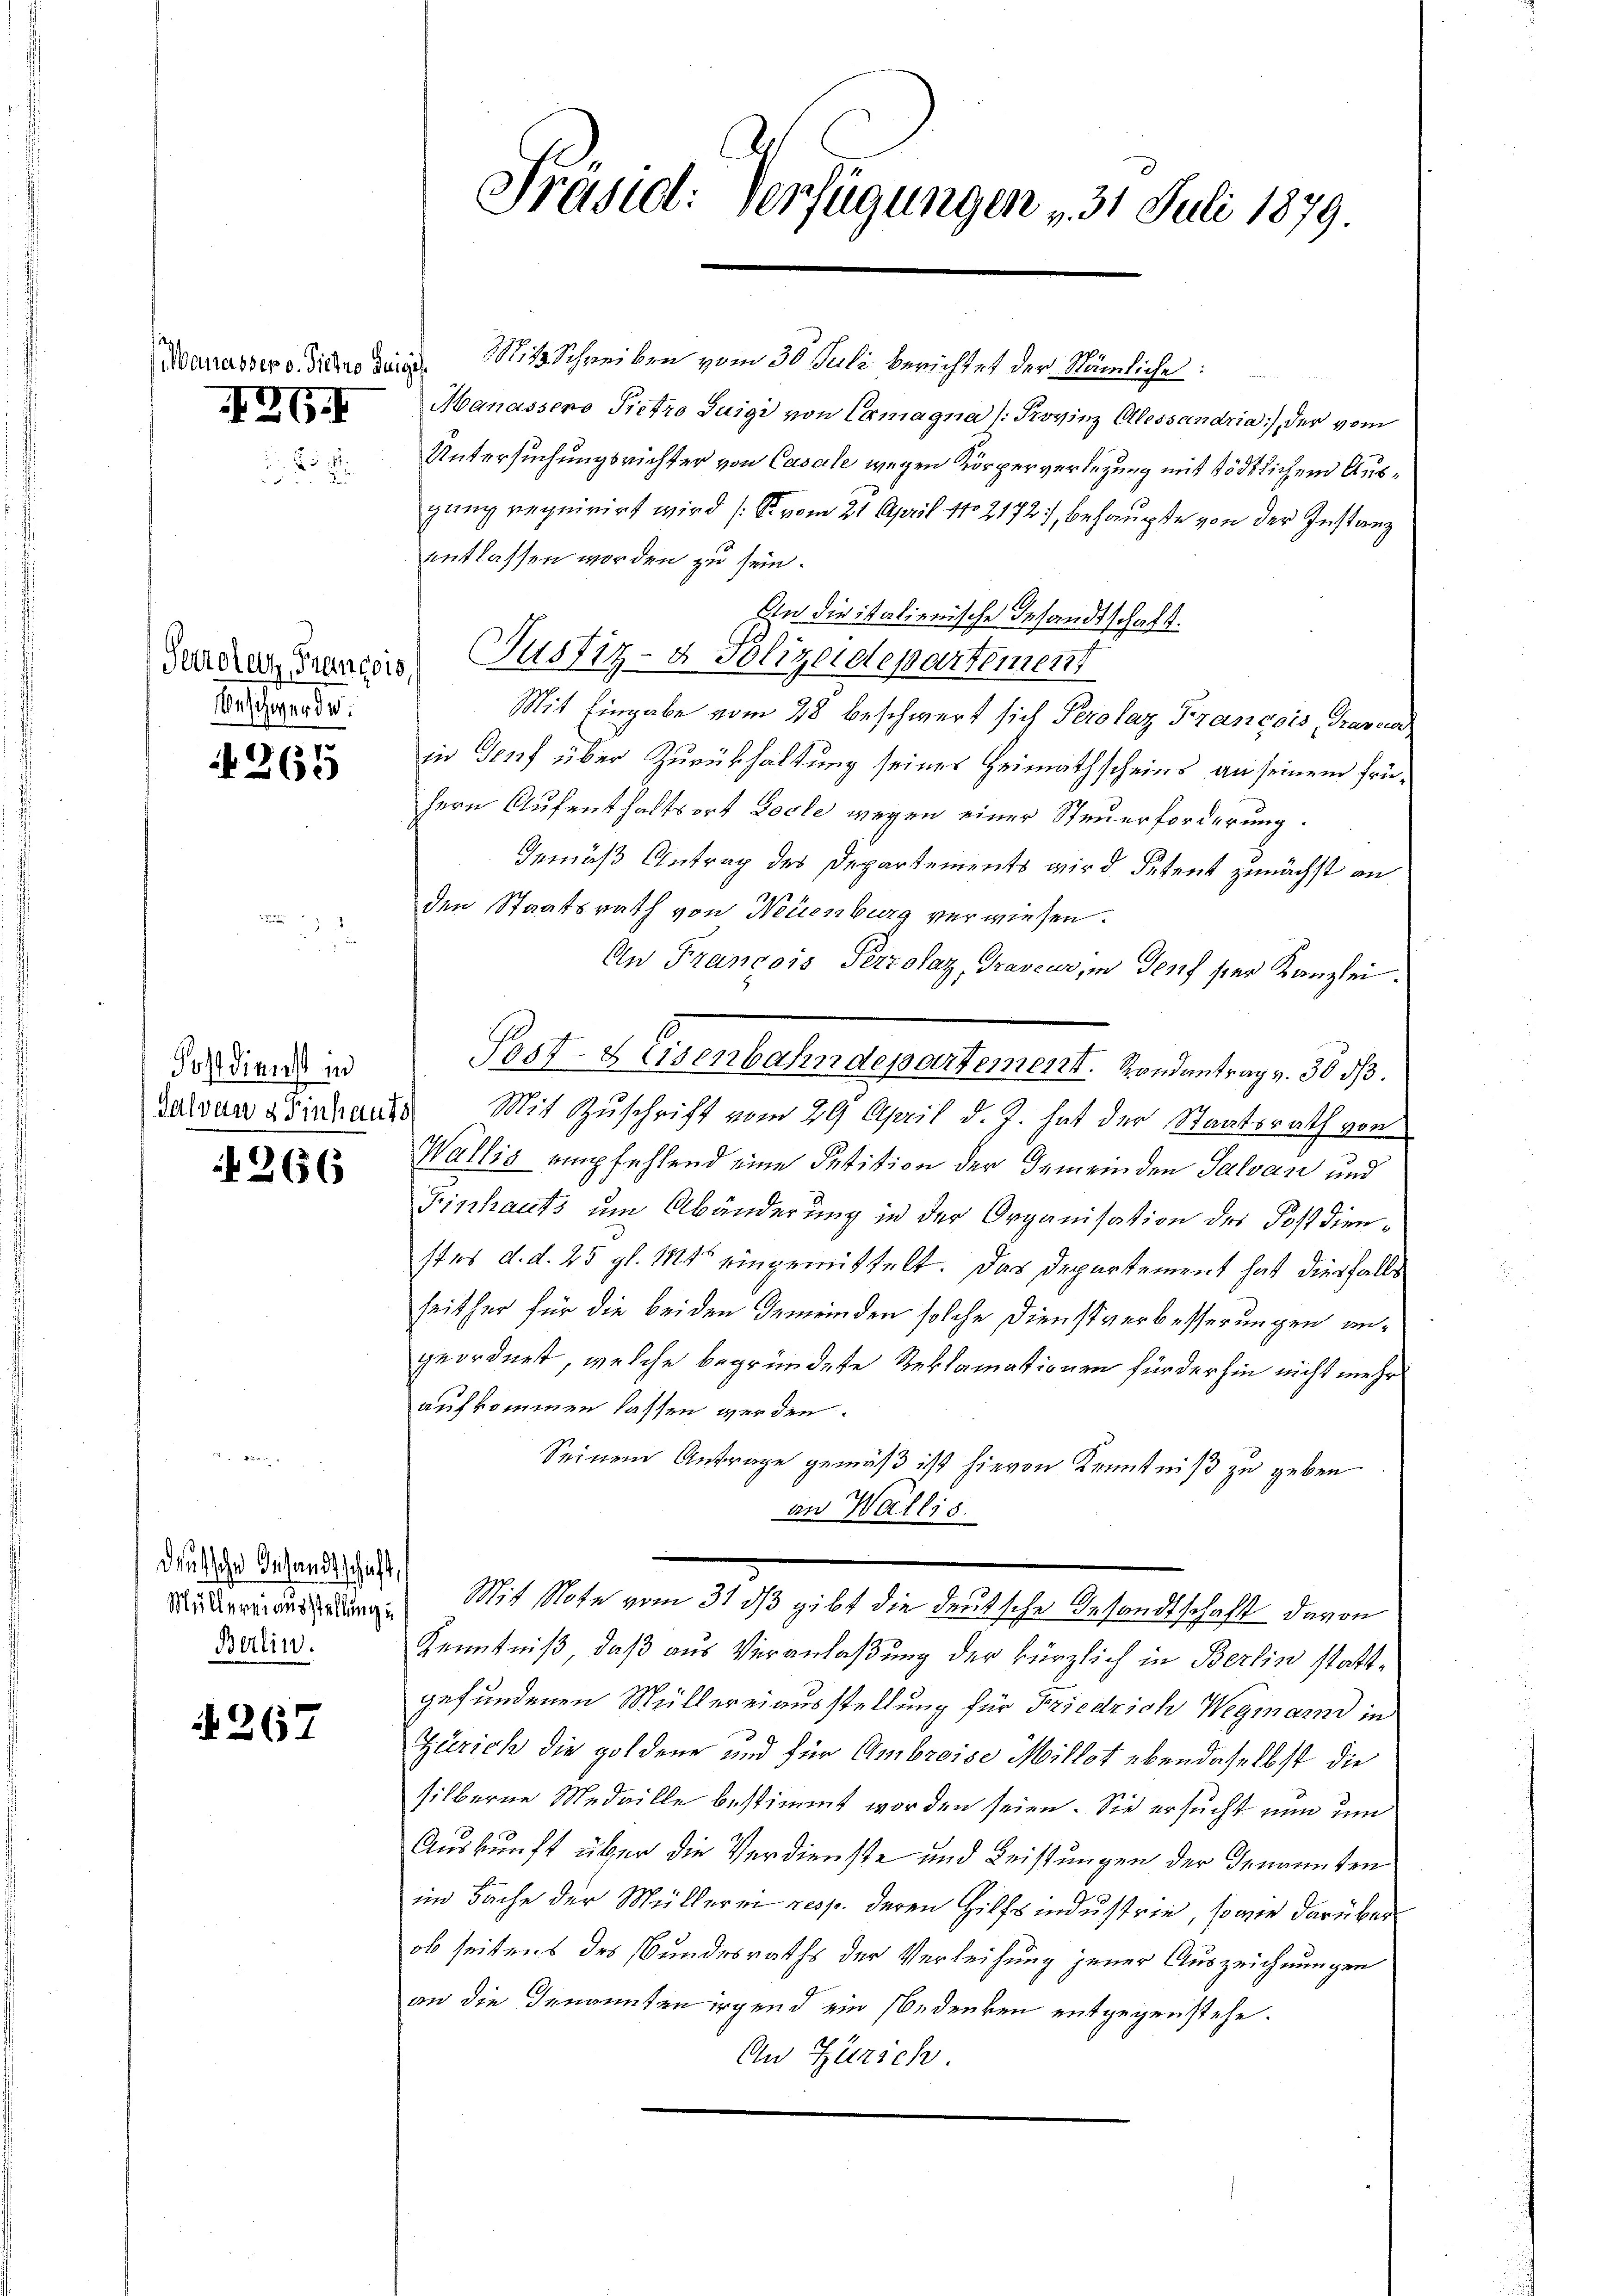
Manasser v. Pietro Guigis
GG.

Ueschwerde.

265

Postdienst in

266

deutsche Gesandtschaft,
Berlin.

267

Mit Schreiben vom 30. Juli berichtet der Nämliche
Manassers Pietro Juigi von Exmagna 1. Provinz Olessandria), der vom
Untersuchungsrichter von Casale wegen Körperverlegung mit tödtlichem Ausganz requirirt wird (S. vom 21. April 182172, behaupte von der Instanz
entlassen worden zu sein.
In die italienische Gesandtschaft.
Guader Erregis Justiz- & Polizeidepartement
Mit Eingabe vom 28 beschwert sich Perolaz Francois, Graveur
in Genf über Zurückhaltung seines Heimathscheins an seinem frühern Aufenthaltsort Loche wegen einer Steuerforderung.
Gemäß Antrag des Departements wird. Petent zunächst an
den Staatsrath von Neuenburg verwiesen.
An François Perrolaz, Graveur, in Genf ster Kanzlei.
Post- & Eisenbahndepartement. Rondantrag v. 30 d.
Bavarabinaus Mit Zuschrift vom 29 April d. J. hat der Staatsrath vor
Wallis empfehlend eine Petition der Gemeinden Salvan und
Finhauts um Abänderung in der Organisation des Postdienstes d. d. 25 pl. 114 eingemittelt. Das Departement hat diesfalls
seither für die beiden Gemeinden solche Dienstverbesserungen angeordnet, welche begründete Reklamationen für der hin nicht mehr
aufkommen lassen werden.
Seinem Antrage gemäß ist hievon Kenntniß zu geben
an Wallis.
d Mit Note vom 31 dß gibt die deutsche Gesandtschaft davon
Kenntniß, daß aus Veranlaßung der kürzlich in Berlin stattgefundenen Müllereiausstellung für Friedrich Wegmann in
Zürich die goldene und für Ambroise Millst ebendaselbst die
silberne Medaille bestimmt worden seien. Sie ersucht nun um
Auskunft über die Verdienste und Leistungen der Genannten
im Sache der Mülleren resp. deren Hilfsindustrie, sowie darüber
ob seitens des Bundesraths der Verleihung jener Auszeichnungen
an die Genannten irgend ein Bedenken entgegenstehe.
An Zürich.

Präsid. Verfügungen - 31. Juli 1879.